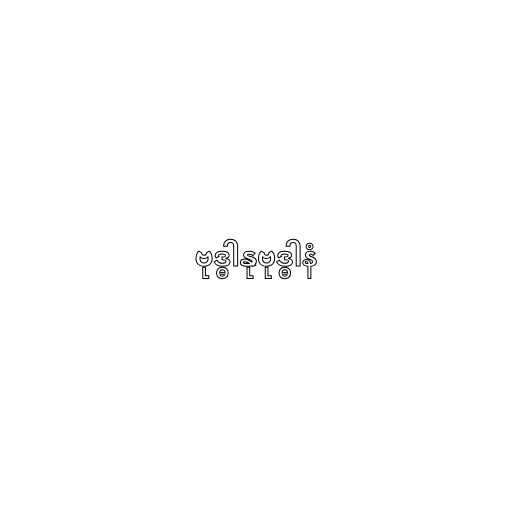
ဗုဒ္ဓါနုဗုဒ္ဓါနံ